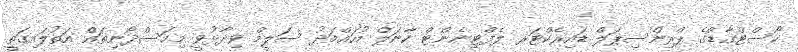
ކޯސްޓްގާޑްގެ ޕްރިންސިޕަލް ޑައިރެކްޓަރ ލެފްޓިނެންޓް ކާނަލް މުހައްމަދު ސަލީމް ވިދާޅުވީ މިމަސްދޯނިތައް އަތުލައިގަތީ